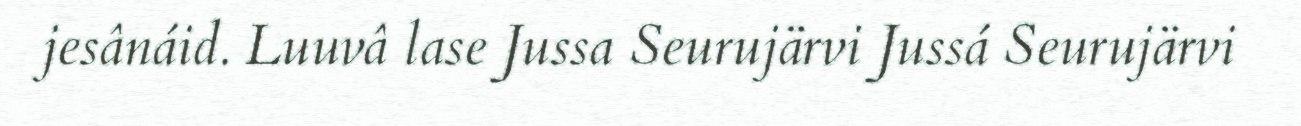
jesânáid. Luuvâ lase Jussa Seurujärvi Jussá Seurujärvi